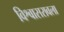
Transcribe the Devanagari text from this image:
विश्वासरावला